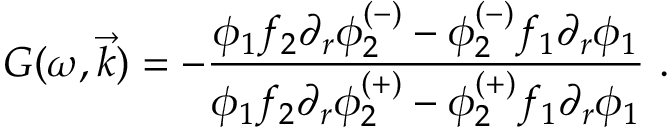
G ( \omega , \vec { k } ) = - \frac { \phi _ { 1 } f _ { 2 } \partial _ { r } \phi _ { 2 } ^ { ( - ) } - \phi _ { 2 } ^ { ( - ) } f _ { 1 } \partial _ { r } \phi _ { 1 } } { \phi _ { 1 } f _ { 2 } \partial _ { r } \phi _ { 2 } ^ { ( + ) } - \phi _ { 2 } ^ { ( + ) } f _ { 1 } \partial _ { r } \phi _ { 1 } } \ .